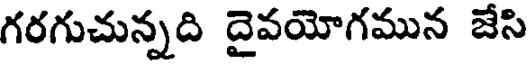
గరగుచున్నది దైవయోగమున జేసి